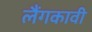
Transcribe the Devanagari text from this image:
लैंगकावी